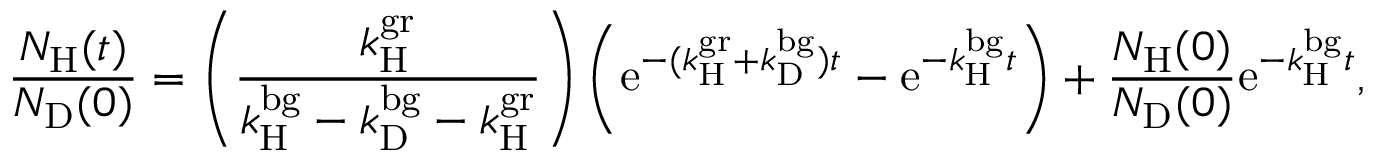
\frac { N _ { \mathrm { H } } ( t ) } { N _ { \mathrm { D } } ( 0 ) } = \left( \frac { k _ { \mathrm { H } } ^ { \mathrm { g r } } } { k _ { \mathrm { H } } ^ { \mathrm { b g } } - k _ { \mathrm { D } } ^ { \mathrm { b g } } - k _ { \mathrm { H } } ^ { \mathrm { g r } } } \right) \left( \mathrm { e } ^ { - ( k _ { \mathrm { H } } ^ { \mathrm { g r } } + k _ { \mathrm { D } } ^ { \mathrm { b g } } ) t } - \mathrm { e } ^ { - k _ { \mathrm { H } } ^ { \mathrm { b g } } t } \right) + \frac { N _ { \mathrm { H } } ( 0 ) } { N _ { \mathrm { D } } ( 0 ) } \mathrm { e } ^ { - k _ { \mathrm { H } } ^ { \mathrm { b g } } t } ,